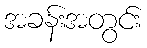
အခန်းအတွင်း